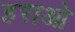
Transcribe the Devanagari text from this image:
हराओ